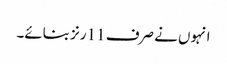
انہوں نے صرف 11 رنز بنائے۔